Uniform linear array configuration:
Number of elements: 48
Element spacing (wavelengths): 0.5
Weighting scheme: uniform
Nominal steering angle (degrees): -15
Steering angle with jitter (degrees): -14.773
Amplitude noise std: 0.05
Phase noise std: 0.05

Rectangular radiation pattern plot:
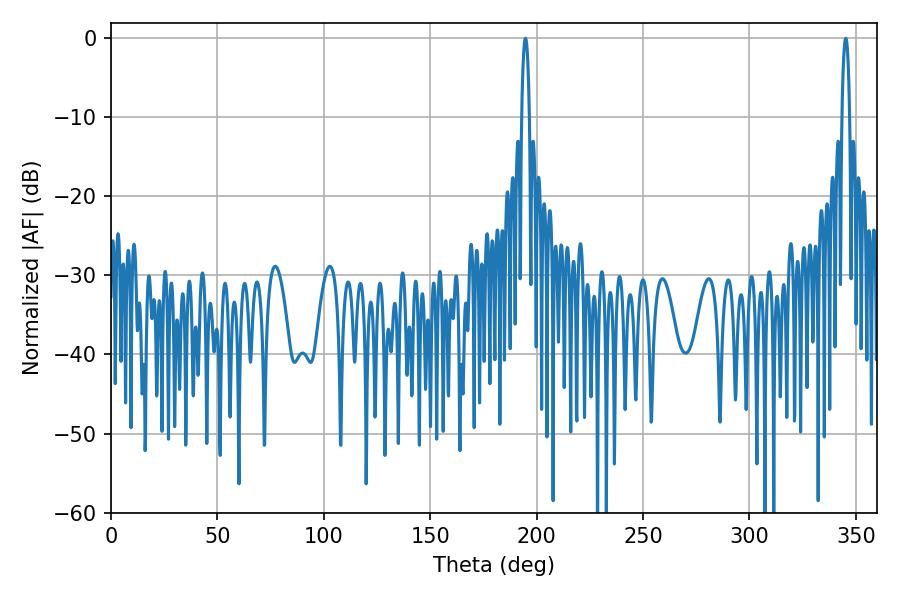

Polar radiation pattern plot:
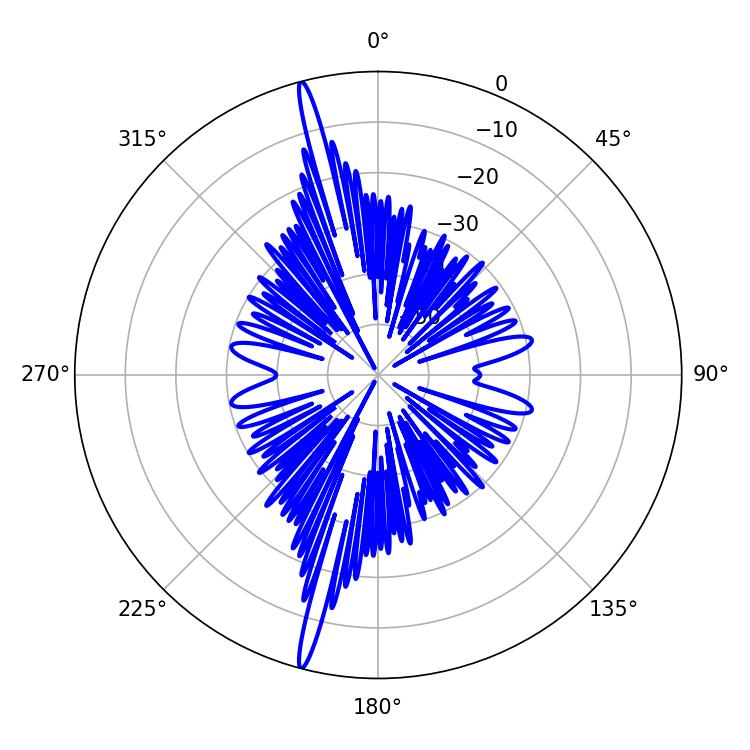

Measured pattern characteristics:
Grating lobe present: FALSE
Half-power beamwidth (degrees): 1.98
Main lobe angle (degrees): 194.76